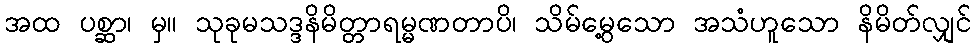
အထ ပစ္ဆာ၊ မှ။ သုခုမသဒ္ဒနိမိတ္တာရမ္မဏတာပိ၊ သိမ်မွေ့သော အသံဟူသော နိမိတ်လျှင်